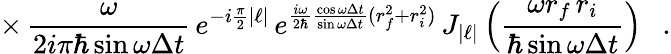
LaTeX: \times\, \frac{\omega}{2i\pi\hbar\sin\omega\Delta t}\, e^{-i\frac{\pi}{2}|\ell|}\, e^{\frac{i\omega}{2\hbar}\frac{\cos\omega\Delta t}{\sin\omega\Delta t}(r_{f}^{2}+r_{i}^{2})}\, J_{|\ell|}\left(\frac{\omega r_{f}\, r_{i}}{\hbar\sin\omega\Delta t}\right)\ \ \ .